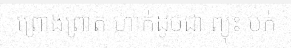
ព្រោងព្រាត ហាក់ដូចជា ព្យុះ បក់